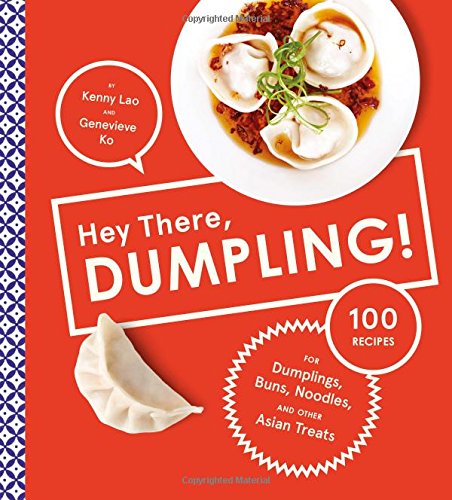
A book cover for Hey There, Dumpling!: 100 Recipes for Dumplings, Buns, Noodles, and Other Asian Treats; Kenny Lao; Cookbooks, Food & Wine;